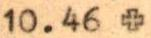
10.46 +